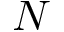
N